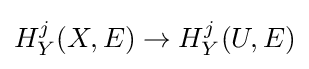
H_{Y}^{j}(X,E)\to H_{Y}^{j}(U,E)